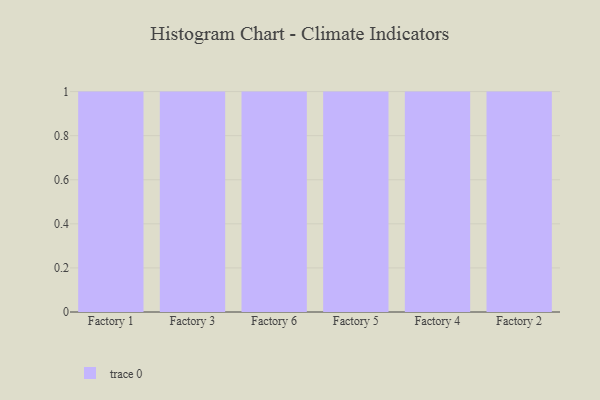
{"axis": {"x": "Factory", "y": "Headcount"}, "legend": [""], "data": [{"x": "Factory 1", "y": 24, "type": ""}, {"x": "Factory 3", "y": 84, "type": ""}, {"x": "Factory 6", "y": 9, "type": ""}, {"x": "Factory 5", "y": 44, "type": ""}, {"x": "Factory 4", "y": 47, "type": ""}, {"x": "Factory 2", "y": 31, "type": ""}]}